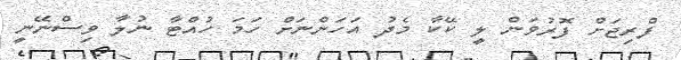
ފްރިޖަށް ފޮރުވަން ލީ ކޭކާ މެދު އަހަންނަށް ހަމަ ހުއްޓާ ނުލާ ވިސްނޭނީ